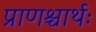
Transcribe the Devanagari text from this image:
प्राणश्चार्थः